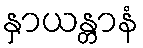
နှာယန္တာနံ